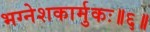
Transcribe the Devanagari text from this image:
भग्नेशकार्मुकः॥६॥